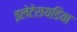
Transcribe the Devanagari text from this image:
इलेटेरायडिया